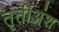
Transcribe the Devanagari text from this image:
तृतीअंश